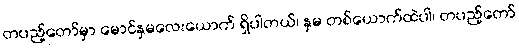
တပည့်တော်မှာ မောင်နှမလေးယောက် ရှိပါတယ်၊ နှမ တစ်ယောက်ထဲပါ၊ တပည့်တော်